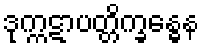
ဒုက္ကဋာပတ္တိက္ခန္ဓေန